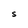
Character: S